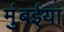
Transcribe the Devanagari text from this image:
मुंबईया